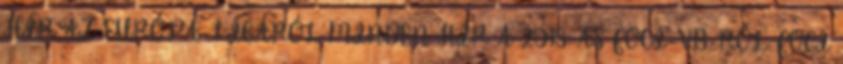
HÍR AZ EURÓPA-LIGÁRÓL MINDEN HÍR A 2018-AS FOCI-VB-RŐL FOCI